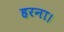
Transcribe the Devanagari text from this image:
हरना।